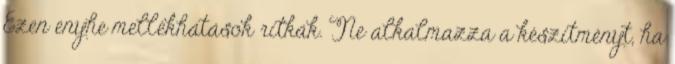
Ezen enyhe mellékhatások ritkák. Ne alkalmazza a készítményt, ha